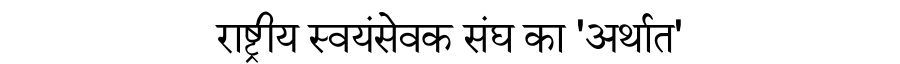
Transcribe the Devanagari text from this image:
राष्ट्रीय स्वयंसेवक संघ का 'अर्थात'